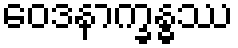
ဝေဒနာက္ခန္ဓဿ